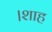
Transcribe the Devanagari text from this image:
।शाह